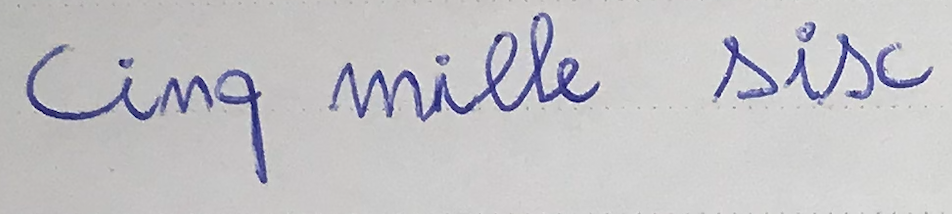
cinq mille six